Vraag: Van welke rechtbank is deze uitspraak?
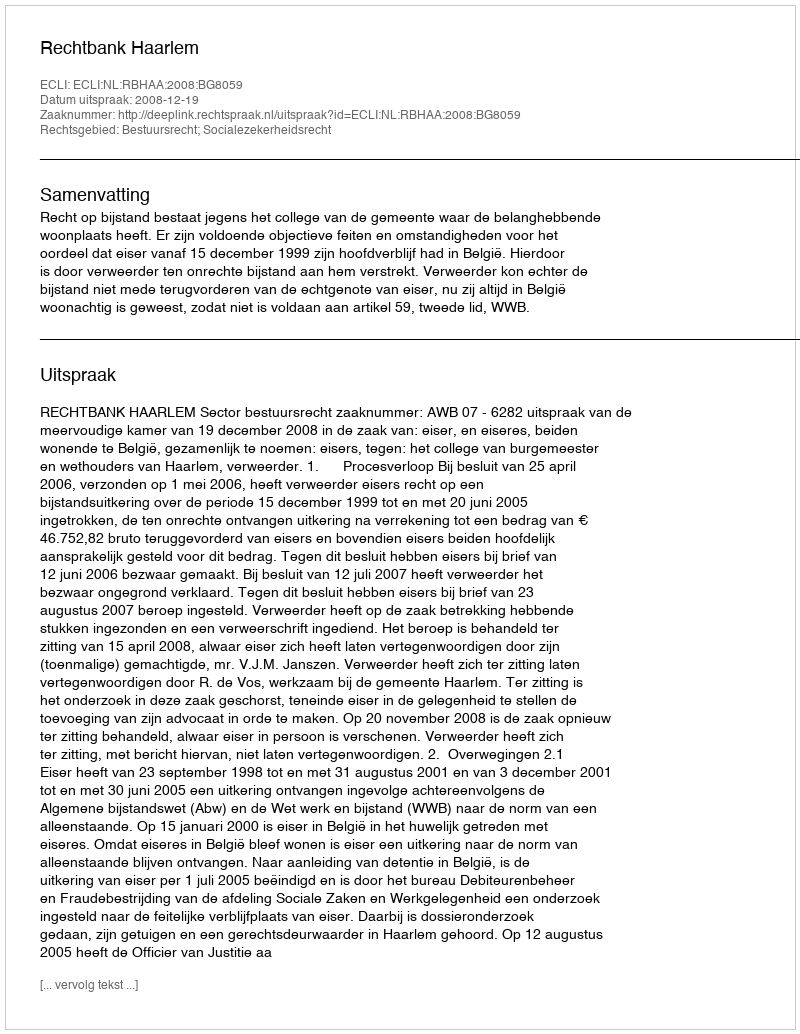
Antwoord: Rechtbank Haarlem